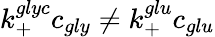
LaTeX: k_{+}^{glyc}c_{gly}\neq k_{+}^{glu}c_{glu}